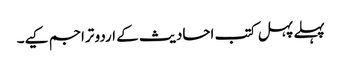
پہلے پہل کتب احادیث کے اردو تراجم کیے۔